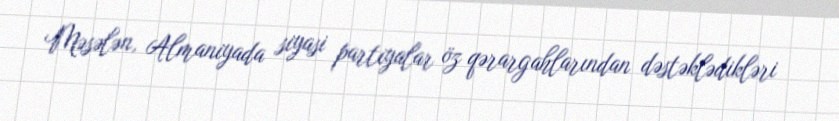
Məsələn, Almaniyada siyasi partiyalar öz qərargahlarından dəstəklədikləri